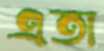
এতা